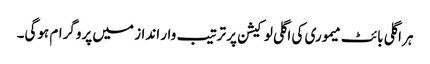
ہر اگلی بائٹ میموری کی اگلی لوکیشن پر ترتیب وار انداز میں پروگرام ہوگی۔